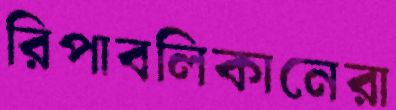
রিপাবলিকানেরা